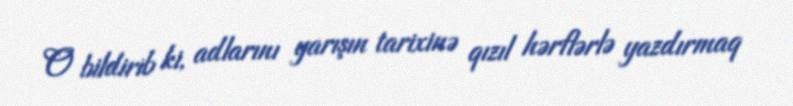
O bildirib ki, adlarını yarışın tarixinə qızıl hərflərlə yazdırmaq